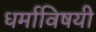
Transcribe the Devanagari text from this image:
धर्माविषयी